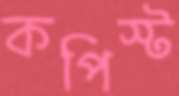
কপিস্ট